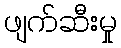
ဖျက်ဆီးမှု